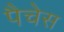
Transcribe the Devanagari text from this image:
पैचेस